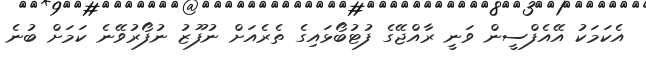
އެކަމަކު އޭއެފްސީން ވަނީ ރާއްޖޭގެ ފުޓުބޯޅައިގެ ތެރެއަށް ނުފޫޒު ނުފޯރުވޭނެ ކަމަށް ބުނެ